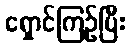
ရှောင်ကြဉ်ပြီး